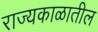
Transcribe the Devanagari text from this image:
राज्यकाळातील